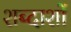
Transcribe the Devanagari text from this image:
शब्दाशों